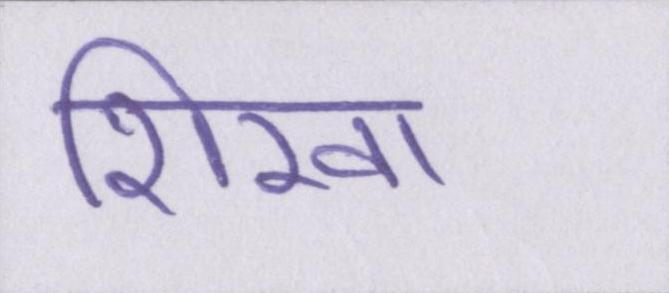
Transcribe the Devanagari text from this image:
शिखा